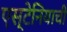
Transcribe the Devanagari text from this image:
एस्टेनियाची